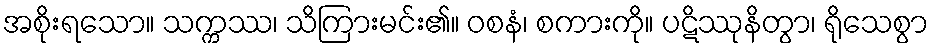
အစိုးရသော။ သက္ကဿ၊ သိကြားမင်း၏။ ဝစနံ၊ စကားကို။ ပဋိဿုနိတွာ၊ ရိုသေစွာ